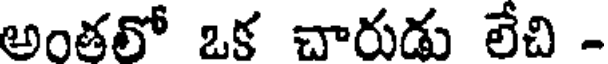
అంతలో ఒక చారుడు లేచి -